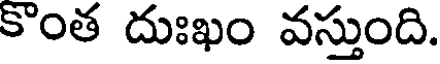
కొంత దుఃఖం వస్తుంది.